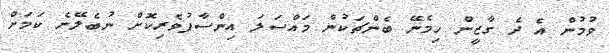
ވުމުން އެ ދެ ގާޒީން ހިމެނޭ ބެންޗަކުން މައްސަލަ އިންސާފުވެރިކޮށް ނުބެލޭނެ ކަމަށް